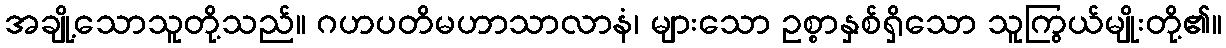
အချို့သောသူတို့သည်။ ဂဟပတိမဟာသာလာနံ၊ များသော ဥစ္စာနှစ်ရှိသော သူကြွယ်မျိုးတို့၏။